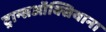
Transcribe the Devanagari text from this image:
ट्रान्सऑक्सियाना